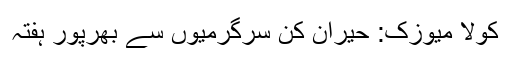
کولا میوزک: حیران کن سرگرمیوں سے بھرپور ہفتہ